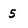
Character: 5